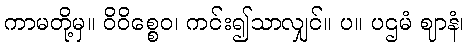
ကာမတို့မှ။ ဝိဝိစ္စေဝ၊ ကင်း၍သာလျှင်။ ပ။ ပဌမံ ဈာနံ၊